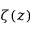
\zeta ( z )